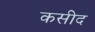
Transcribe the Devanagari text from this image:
कसीद